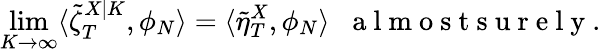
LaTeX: \operatorname*{lim}_{K\to\infty}\langle\tilde{\zeta}_{T}^{X|K},\phi_{N}\rangle=\langle\tilde{\eta}_{T}^{X},\phi_{N}\rangle\; \; \mathrm{~a~l~m~o~s~t~s~u~r~e~l~y~}.